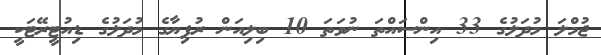
ޖުމްލަ މުދަލުގެ 33 އިންސައްތަ ނުވަތަ 10 ބިލިއަން ރުފިޔާގެ މުދަލުގެ ޑިއުޓީރޭޓަކީ